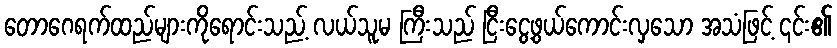
တောဂေရက်ထည်များကိုရောင်းသည့် လယ်သူမ ကြီးသည် ငြီးငွေ့ဖွယ်ကောင်းလှသော အသံဖြင့် ၎င်း၏